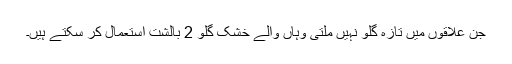
جن علاقوں میں تازہ گلو نہیں ملتی وہاں والے خشک گلو 2 بالشت استعمال کر سکتے ہیں۔